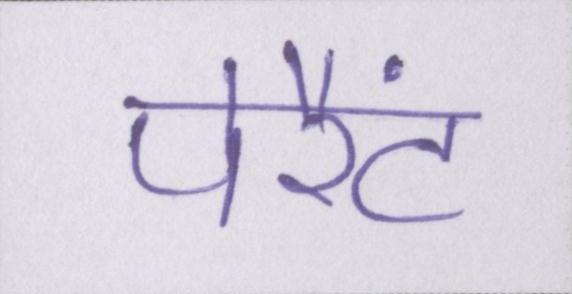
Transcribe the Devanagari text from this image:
पेरैंट